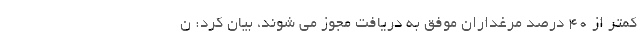
کمتر از ۴۰ درصد مرغداران موفق به دریافت مجوز می شوند، بیان کرد: ن